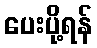
ပေးပို့ရန်